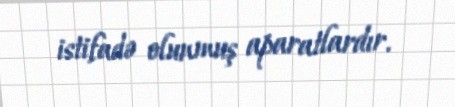
istifadə olunmuş aparatlardır.